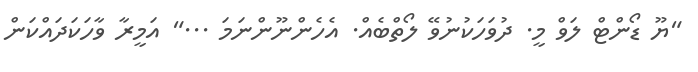
"ޔޫ ޑޯންޓް ލަވް މީ. ދުވަހަކުނުވޭ ލޯތްބެއް. އެހެންނޫންނަމަ ..." އަމީރާ ވާހަކަދައްކަން